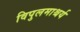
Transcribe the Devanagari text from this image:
विपुलमाश्चर्य